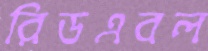
রিডএবল